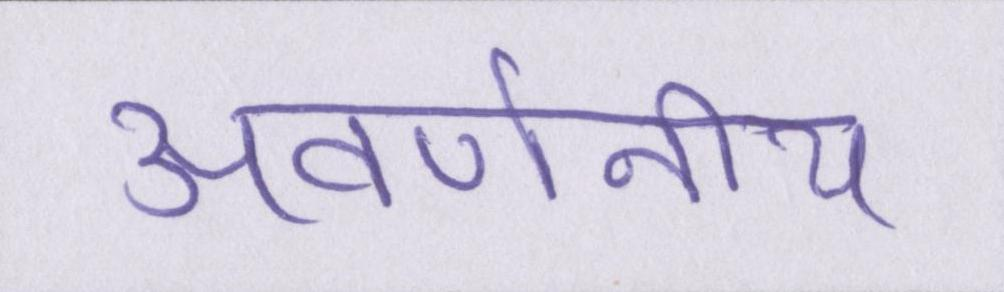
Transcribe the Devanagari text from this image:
अवर्णनीय